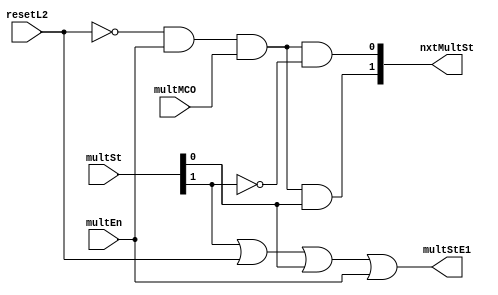
// 
// ************************************************************************** 
// 
//  Copyright (c) International Business Machines Corporation, 2005. 
// 
//  This file contains trade secrets and other proprietary and confidential 
//  information of International Business Machines Corporation which are 
//  protected by copyright and other intellectual property rights and shall 
//  not be reproduced, transferred to other documents, disclosed to others, 
//  or used for any purpose except as specifically authorized in writing by 
//  International Business Machines Corporation. This notice must be 
//  contained as part of this text at all times. 
// 
// ************************************************************************** 
//
//  from espresso format file on Wed Dec  2 14:09:27 EST 1998
// modulename is multSM
// input file is multSM.pers
// output file is multSM.v
// espresso will be called.
//
// #############################
// #                           #
// #  Multiply state Machine   #
// #                           #
// #############################
// # the types are:
// #.f    ones=1 , zero= comp ones, dcs = null
// #        this is like a regular PLA
// #.fd   dcs = -, ones = 1 without -, zero = comp(dcs union ones)
// #        all unlisted input combinations produce a 0 output
// #        note that if an output is covered by both a - and 1, it is -
// #.fr   ones = 1, zero=0, dcs= comp(ones union zero)
// #        all unlisted input combinations are don't cares
// #        note that if an output is covered by both a 0 and 1, it is error
// #.fdr  ones = 1, zero=0, dcs=-
// #        all unlisted input combinations are ?
// #        does not say what happens if overlapping covers
// #
// # ~ in an output position means don't consider this line in generating this output.
// # synopsys does:
// #     read pla
// #     set current design
// # normally include:
// #
// ######################################################################
// ##  Set the input and output port attributes here and map to gates. ##
// ##  See process document for the correct values for your design.    ##
// ######################################################################
// .synopsys set_drive 3.0 all_inputs()
// .synopsys set_max_transition 0.4 all_inputs()
// .synopsys set_load .200 all_outputs()
// #
// #########################################################################
// ##  Set the option to flatten and structure the design. Use the option ##
// ##  single_output for speed optimization, and uncomment the multiple   ##
// ##  output option for area optimization.                               ##
// #########################################################################
// .synopsys set_flatten -minimize single_output -effort medium
// ## .synopsys set_flatten -minimize multiple_output -effort medium
// .synopsys set_structure
// #
// ###########################################################################
// ##  Set the max delay for all output for initial pass.  Set delay for    ##
// ##  your design.  Uncomment and set the other delays if the previous try ##
// ##  does not meet timing.  Replace the <delay> with the needed delay     ##
// ##  timming and replace the PIN with the pin name to delay or set delay  ##
// ##  for multiple outputs. DONT USE BITS OF A BUS USE THE WHOLE BUS.      ##
// ###########################################################################
// .synopsys max_delay 5 all_outputs()
// ##  .synopsys max_delay <delay> find(port {"PIN"})
// ##  .synopsys max_delay <delay> find(port {"PIN"})
// ##  .synopsys max_delay <delay> find(port {"PIN1" "PIN2" "PIN3" ... })
// #
// ######################################################################
// ##  To compile for minimal area uncomment max_area 0 and change the ##
// ##  max_delay 15 all_outputs() to max_delay 30 all_outputs()        ##
// ######################################################################
// ##  .synopsys max_area 0
// #
// ################################################################
// ##  Set the arrival time for any input pins that may be late  ##
// ################################################################
// ## .synopsys set_arrival 12 PAGE_END - late arriving signal
// ## .synopsys set_arrival 12 HOLD - late arriving signal
// #
// ####################################################################
// ## The complile option is set to medium to optimize the design.   ##
// ####################################################################
// .synopsys compile -map_effort medium
// ##
// #
// .outputnames nxtMultSt[0:1] multStE1
// .inputnames  resetL2 multEn multMCO multSt[0:1]
// .type fd
// .i 5
// .o 3
// #
// #History:
// # 03/05/98 SBP Copied from 401.
// #
// #Notes:
// # State machine is for multiply.
// #
// #

// # INPUTS ********************************************************************************
// #resetL2
// # multEn
// # | multMCO
// # | | multSt[0:1]
// # | | |  OUTPUTS ***************************
// # | | |  *  nxtMultSt[0:1]
// # | | |  *  |  multStE1
// # | | |  *  |  |
// # - - -- *  -- -
// # MultStE1
// 1 - - --    ~~ 1  # reset to idle.
// - 1 - --    ~~ 1  # Turn on multStE1 if multEn.
// - - - -1    ~~ 1  # Interrupted mult should
// - - - 1-    ~~ 1  # go back to idle state.
// # nxtMultSt
// 1 - - --    00 ~  # reset to idle.
// - 0 - --    00 ~  # No multEn, go to idle.
// - 1 0 --    00 ~  # Last mult cycle, go to idle.
// 0 1 1 00    01 ~  # state0  to state1
// 0 1 1 01    11 ~  # state1  to state3
// 0 1 1 11    10 ~  # state3  to state2
// - - - 10    00 ~  # state2  to state0
module p405s_multSM (
nxtMultSt,
multStE1,
resetL2,
multEn,
multMCO,
multSt);

output [0:1] nxtMultSt;
output  multStE1;

input  resetL2;
input  multEn;
input  multMCO;
input [0:1] multSt;

wire  not_resetL2;
wire not_multSt;

wire [0:5] pterm;

//not(not_resetL2,resetL2);
assign not_resetL2 = ~resetL2;
//not(not_multSt,multSt[0]);
assign not_multSt = ~multSt[0];

// AND array expressions and reprint of all terms
// <0> 0110- 010
//and(pterm[0],not_resetL2,multEn,multMCO,not_multSt);
assign pterm[0] = (not_resetL2 & multEn & multMCO & not_multSt);
// <1> 011-1 100
//and(pterm[1],not_resetL2,multEn,multMCO,multSt[1]);
assign pterm[1] = (not_resetL2 & multEn & multMCO & multSt[1]);
// <2> ---1- 001
//and(pterm[2],multSt[0]);
assign pterm[2] = multSt[0];
// <3> 1---- 001
//and(pterm[3],resetL2);
assign pterm[3] = resetL2;
// <4> ----1 001
//and(pterm[4],multSt[1]);
assign pterm[4] = multSt[1];
// <5> -1--- 001
//and(pterm[5],multEn);
assign pterm[5] = multEn;

// OR array expressions
//or(nxtMultSt[0],pterm[1]);
assign nxtMultSt[0] = pterm[1];
//or(nxtMultSt[1],pterm[0]);
assign nxtMultSt[1] = pterm[0];
//or(multStE1,pterm[2],pterm[3],pterm[4],pterm[5]);
assign multStE1 = (pterm[2] | pterm[3] | pterm[4] | pterm[5]);

endmodule